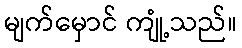
မျက်မှောင် ကျုံ့သည်။